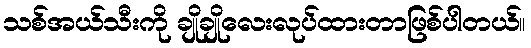
သစ်အယ်သီးကို ချိုချိုလေးလုပ်ထားတာဖြစ်ပါတယ်။